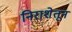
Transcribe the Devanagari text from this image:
निराशेतून